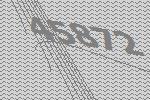
45872